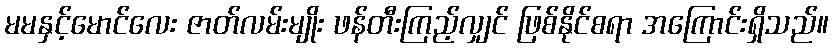
မမနှင့်မောင်လေး ဇာတ်လမ်းမျိုး ဖန်တီးကြည့်လျှင် ဖြစ်နိုင်စရာ အကြောင်းရှိသည်။